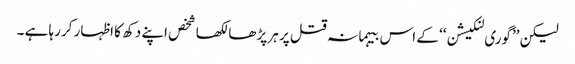
لیکن ’’گوری لنکیشن‘‘ کے اس بیہمانہ قتل پر ہر پڑھا لکھا شخص اپنے دکھ کا اظہار کررہا ہے ۔